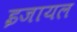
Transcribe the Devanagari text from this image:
इजायल